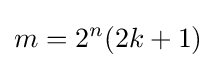
m=2^{n}(2k+1)